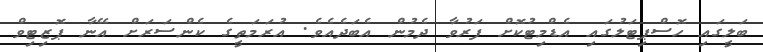
ބަލީގައި ހޮސްޕިޓަލުގައި އެޑްމިޓުކޮށް ފަރުވާ ދެމުން އެބަދެއެވެ. އުރަމަތީގެ ކެންސަރަށް އޭނާ ޕޮޒިޓިވް